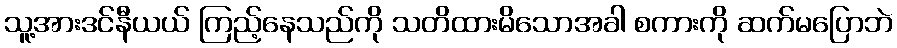
သူ့အားဒင်နီယယ် ကြည့်နေသည်ကို သတိထားမိသောအခါ စကားကို ဆက်မပြောဘဲ